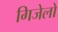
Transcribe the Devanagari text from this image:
गिजेलो